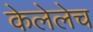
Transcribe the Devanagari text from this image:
केलेलेच